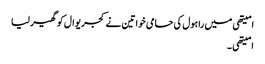
امیتھی میں راہول کی حامی خواتین نے کجریوال کو گھیر لیا
امیتھی ۔